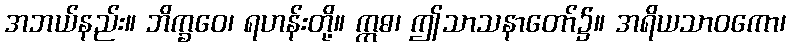
အဘယ်နည်း။ ဘိက္ခဝေ၊ ရဟန်းတို့။ ဣဓ၊ ဤသာသနာတော်၌။ အရိယသာဝကော၊